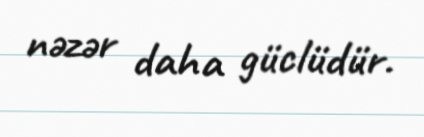
nəzər daha güclüdür.